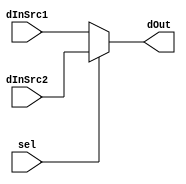
module Mux2to1(sel, dInSrc1, dInSrc2, dOut);
	parameter BIT_WIDTH = 32;

	input sel;
	input [(BIT_WIDTH - 1) : 0] dInSrc1, dInSrc2;
	output [(BIT_WIDTH - 1) : 0] dOut;

	assign dOut = sel ? dInSrc2 : dInSrc1;
endmodule